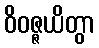
ဝိဝဇ္ဇယိတွာ